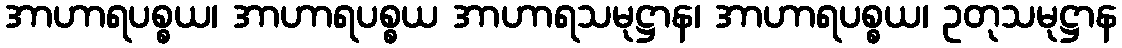
အာဟာရပစ္စယ၊ အာဟာရပစ္စယ အာဟာရသမုဋ္ဌာန၊ အာဟာရပစ္စယ၊ ဥတုသမုဋ္ဌာန